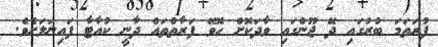
ފުރަތަމަ ބުރުގައި ދޭ ޖޫންގައި ވާދަކޮށް ހޮވޭ ފަރާތްތައް ދާނީ ކުއާޓާ ފައިނަލަށެވެ.